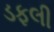
ડફલી